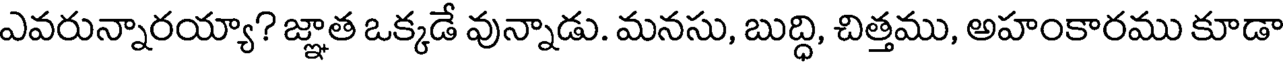
ఎవరున్నారయ్యా? జ్ఞాత ఒక్కడే వున్నాడు. మనసు, బుద్ధి, చిత్తము, అహంకారము కూడా